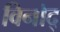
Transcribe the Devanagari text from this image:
विनोद्